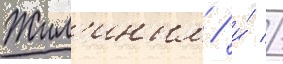
Жил'иным / и́ //